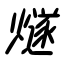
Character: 燧